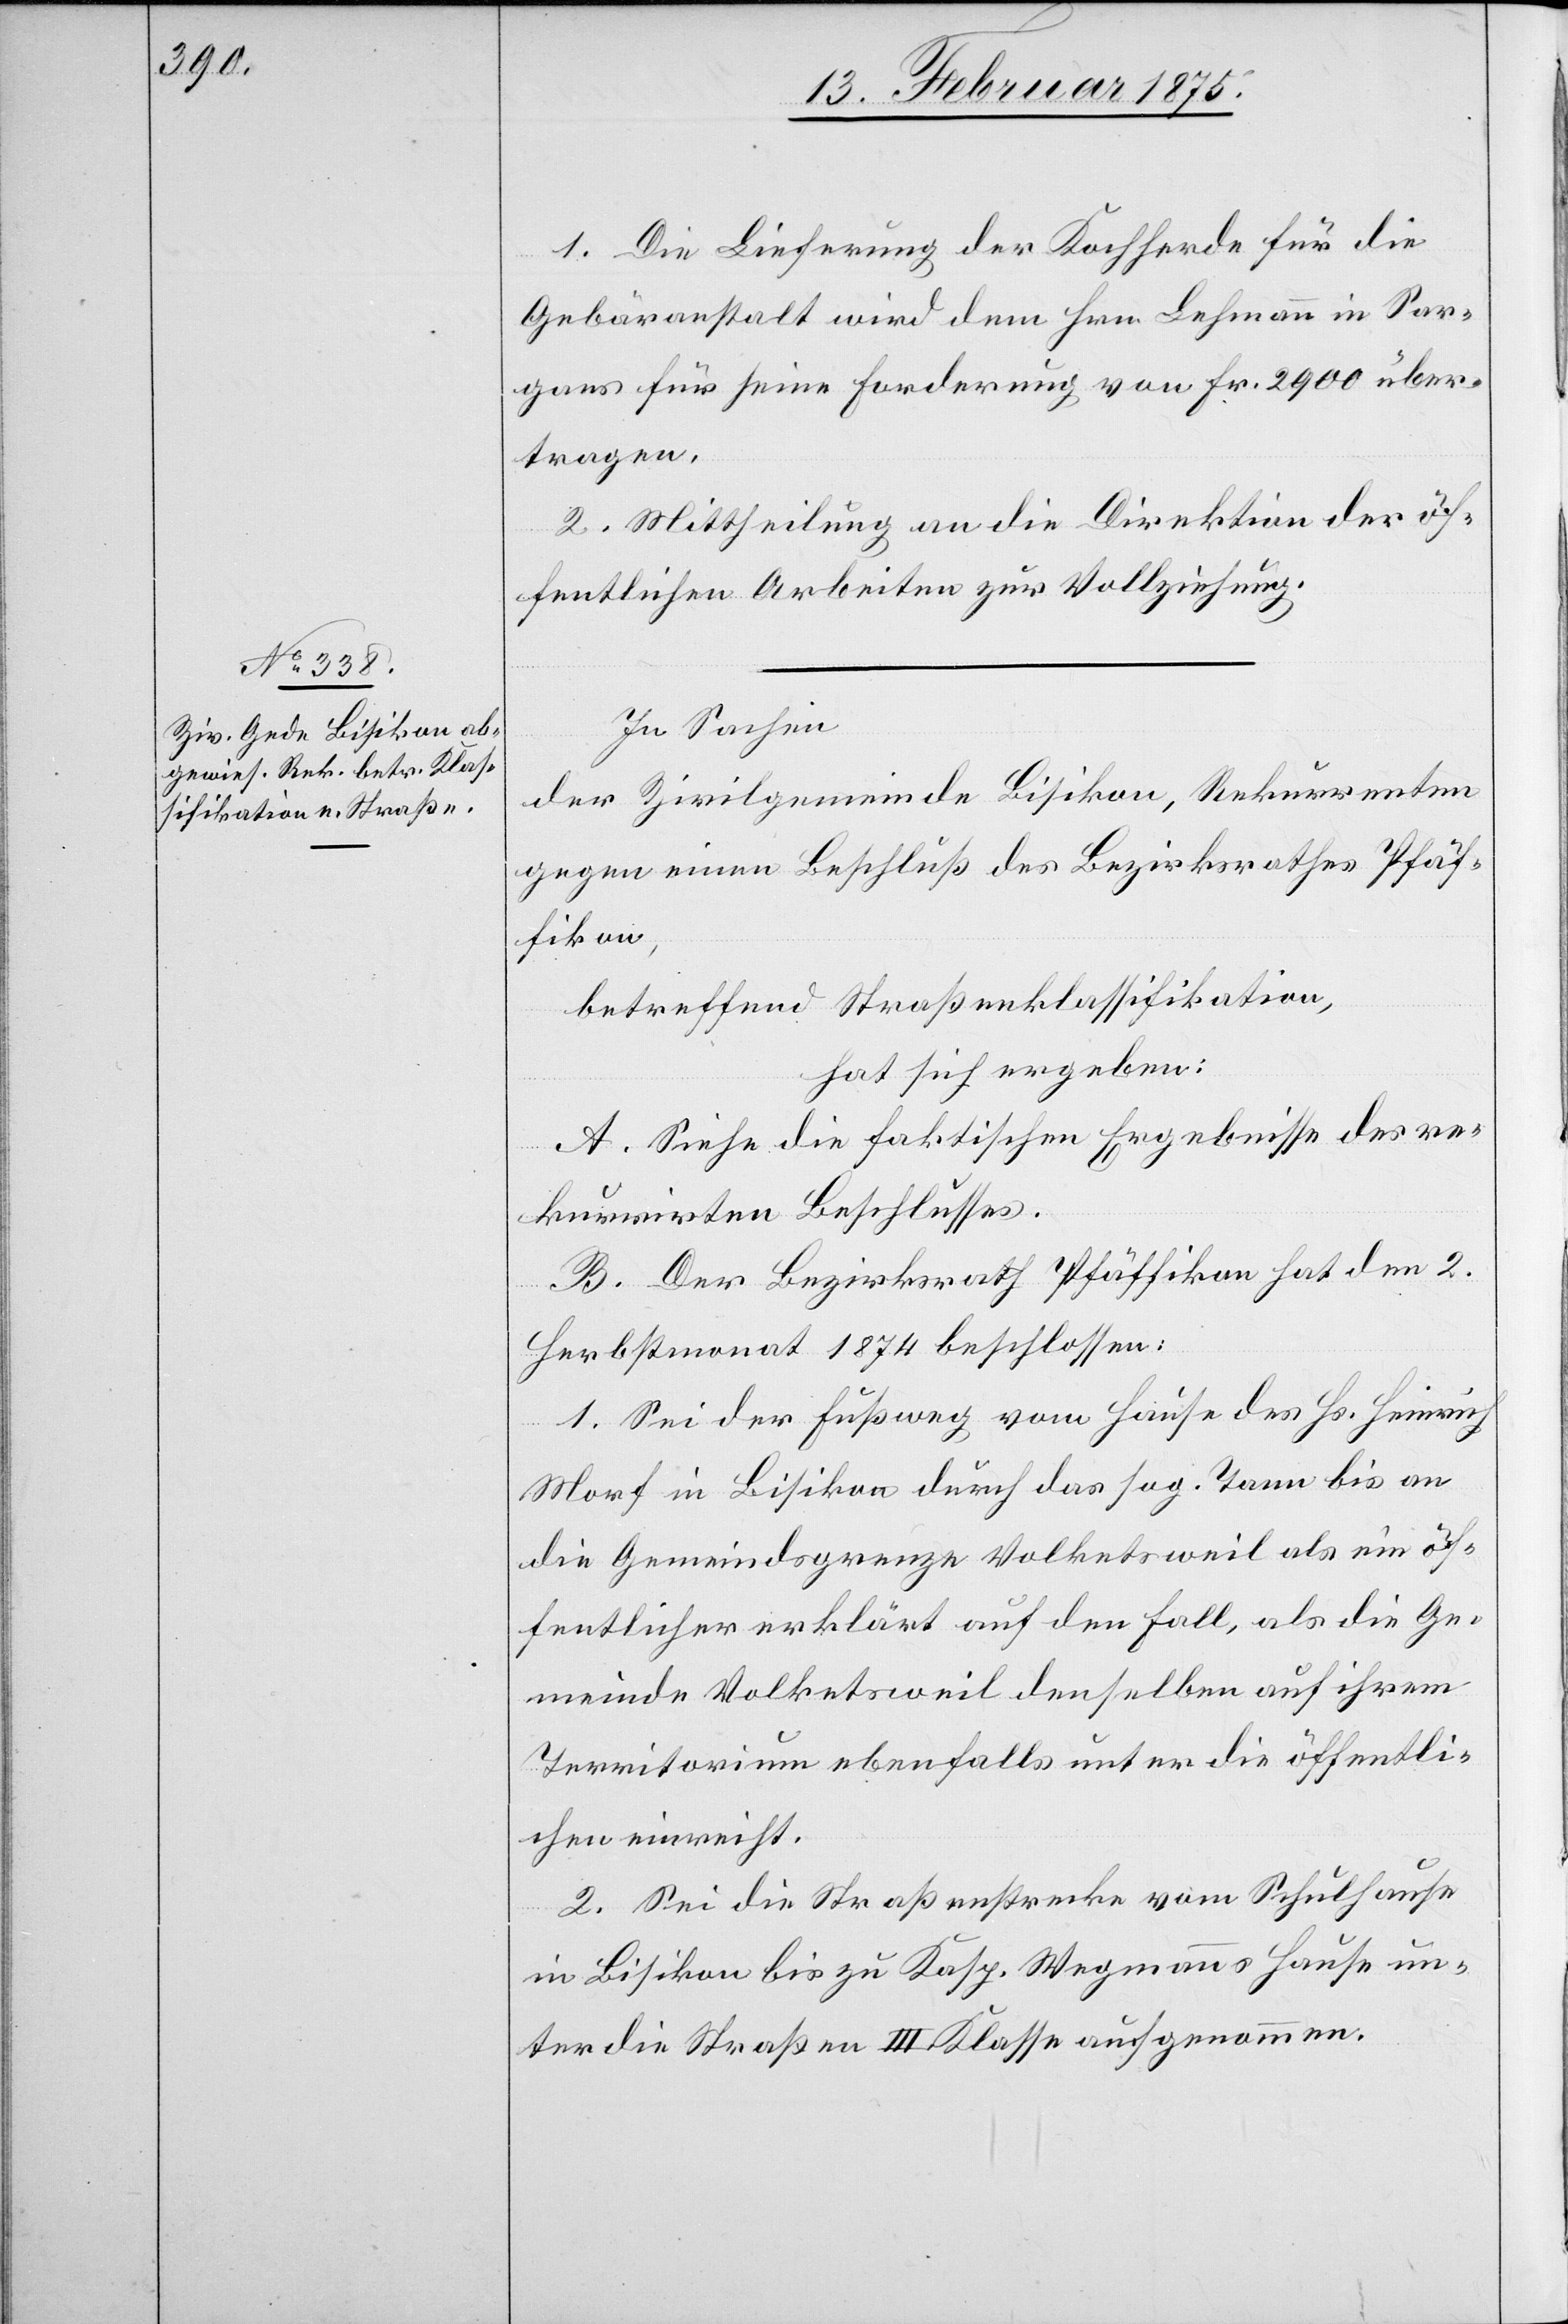
1. Die Lieferung der Kochherde für die
Gebäranstalt wird dem Hrn. Lehmann in Sar¬
gans für seine Forderung von Fr. 2900 über¬
tragen.
2. Mittheilung an die Direktion der öf¬
fentlichen Arbeiten zur Vollziehung.
In Sachen
der Zivilgemeinde Bisikon, Rekurrenten
gegen einen Beschluß des Bezirksrathes Pfäf¬
fikon,
betreffend Straßenklassifikation,
hat sich ergeben:
A. Siehe die faktischen Ergebnisse des re¬
kurrirten Beschlusses.
B. Der Bezirksrath Pfäffikon hat den 2.
Herbstmonat 1874 beschlossen:
1. Sei der Fußweg vom Hause des Hs. Heinrich
Morf in Bisikon durch das sog. Tann bis an
die Gemeindsgrenze Volketsweil als ein öf¬
fentlicher erklärt auf den Fall, als die Ge¬
meinde Volketsweil denselben auf ihrem
Territorium ebenfalls unter die öffentli¬
chen einreicht.
2. Sei die Straßenstrecke vom Schulhause
in Bisikon bis zu Kasp. Wegmanns Hause un¬
ter die Straßen III Klasse aufgenommen.